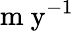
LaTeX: \mathrm{m\ y^{-1}}